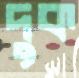
দুক